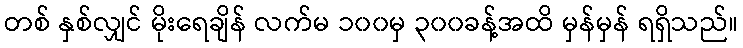
တစ် နှစ်လျှင် မိုးရေချိန် လက်မ ၁၀၀မှ ၃၀၀ခန့်အထိ မှန်မှန် ရရှိသည်။